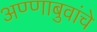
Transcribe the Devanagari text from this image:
अण्णाबुवांचे